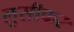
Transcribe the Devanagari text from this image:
लुसीफर